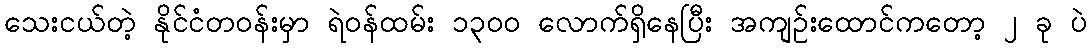
သေးငယ်တဲ့ နိုင်ငံတဝန်းမှာ ရဲဝန်ထမ်း ၁၃၀၀ လောက်ရှိနေပြီး အကျဉ်းထောင်ကတော့ ၂ ခု ပဲ